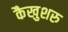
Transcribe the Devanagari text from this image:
कैखुशरु